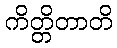
ကိတ္တိတာတိ